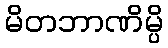
မိတဘာဏိမ္ပိ